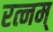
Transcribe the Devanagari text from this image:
रत्नम्‌